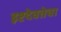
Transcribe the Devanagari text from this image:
इष्टदेवतेचा